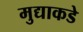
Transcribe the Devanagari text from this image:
मुद्याकडे